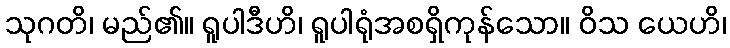
သုဂတိ၊ မည်၏။ ရူပါဒီဟိ၊ ရူပါရုံအစရှိကုန်သော။ ဝိသ ယေဟိ၊